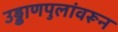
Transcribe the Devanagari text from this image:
उड्डाणपुलांवरून